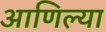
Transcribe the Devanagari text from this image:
आणिल्या